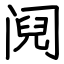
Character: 阋